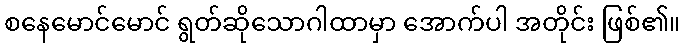
စနေမောင်မောင် ရွတ်ဆိုသောဂါထာမှာ အောက်ပါ အတိုင်း ဖြစ်၏။